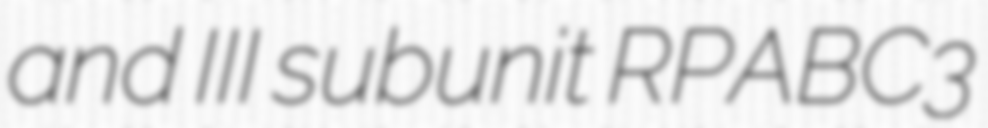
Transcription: and III subunit RPABC3